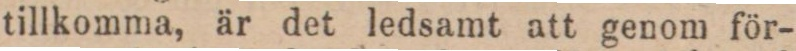
tillkomma, är det ledsamt att genom för-